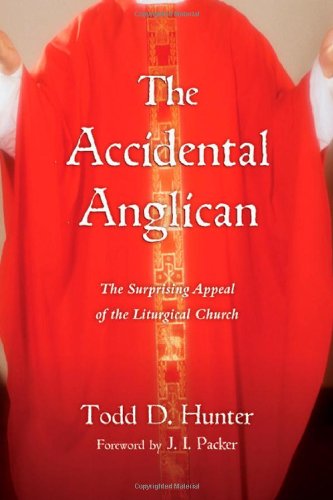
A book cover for The Accidental Anglican: The Surprising Appeal of the Liturgical Church; Todd D. Hunter; Christian Books & Bibles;